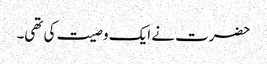
حضرت نے ایک وصیت کی تھی۔